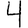
Digit: 4